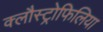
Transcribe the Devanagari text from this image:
क्लौस्ट्रोफिलिया